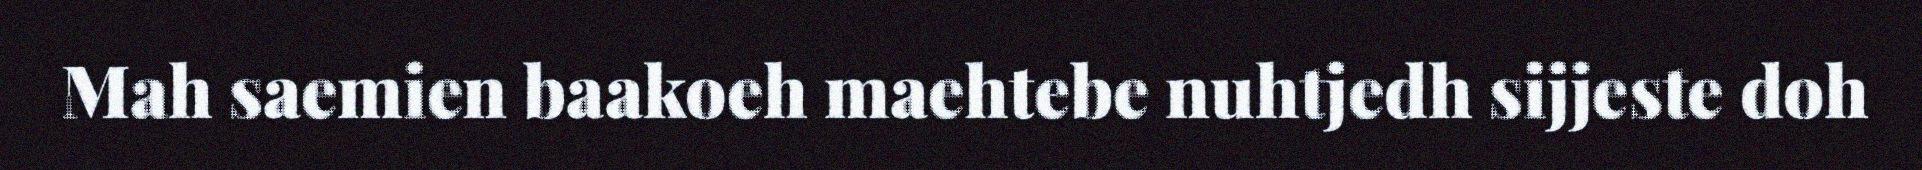
Mah saemien baakoeh maehtebe nuhtjedh sijjeste doh